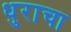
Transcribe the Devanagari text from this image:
धुराचा